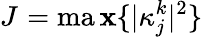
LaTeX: {{J}_{{}}}=\operatorname*{ma\mathbf{x}}\{ |\kappa_{j}^{k}{{|}^{2}}\}